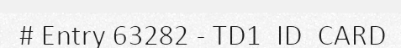
# Entry 63282 - TD1_ID_CARD